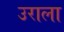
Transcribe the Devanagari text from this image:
उराला